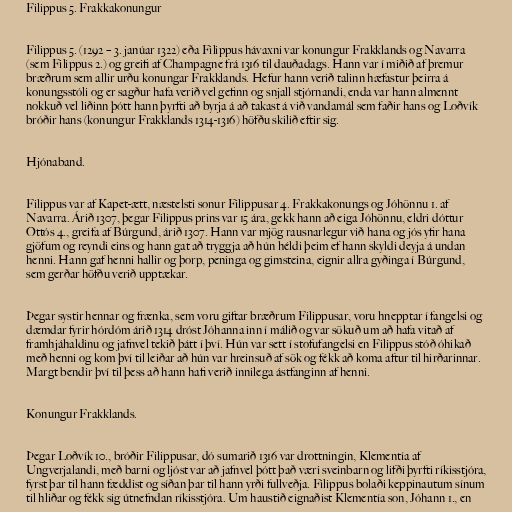
Filippus 5. Frakkakonungur

Filippus 5. (1292 – 3. janúar 1322) eða Filippus hávaxni var konungur Frakklands og Navarra
(sem Filippus 2.) og greifi af Champagne frá 1316 til dauðadags. Hann var í miðið af þremur
bræðrum sem allir urðu konungar Frakklands. Hefur hann verið talinn hæfastur þeirra á
konungsstóli og er sagður hafa verið vel gefinn og snjall stjórnandi, enda var hann almennt
nokkuð vel liðinn þótt hann þyrfti að byrja á að takast á við vandamál sem faðir hans og Loðvík
bróðir hans (konungur Frakklands 1314-1316) höfðu skilið eftir sig.

Hjónaband.

Filippus var af Kapet-ætt, næstelsti sonur Filippusar 4. Frakkakonungs og Jóhönnu 1. af
Navarra. Árið 1307, þegar Filippus prins var 15 ára, gekk hann að eiga Jóhönnu, eldri dóttur
Ottós 4., greifa af Búrgund, árið 1307. Hann var mjög rausnarlegur við hana og jós yfir hana
gjöfum og reyndi eins og hann gat að tryggja að hún héldi þeim ef hann skyldi deyja á undan
henni. Hann gaf henni hallir og þorp, peninga og gimsteina, eignir allra gyðinga í Búrgund,
sem gerðar höfðu verið upptækar.

Þegar systir hennar og frænka, sem voru giftar bræðrum Filippusar, voru hnepptar í fangelsi og
dæmdar fyrir hórdóm árið 1314 dróst Jóhanna inn í málið og var sökuð um að hafa vitað af
framhjáhaldinu og jafnvel tekið þátt í því. Hún var sett í stofufangelsi en Filippus stóð óhikað
með henni og kom því til leiðar að hún var hreinsuð af sök og fékk að koma aftur til hirðarinnar.
Margt bendir því til þess að hann hafi verið innilega ástfanginn af henni.

Konungur Frakklands.

Þegar Loðvík 10., bróðir Filippusar, dó sumarið 1316 var drottningin, Klementía af
Ungverjalandi, með barni og ljóst var að jafnvel þótt það væri sveinbarn og lifði þyrfti ríkisstjóra,
fyrst þar til hann fæddist og síðan þar til hann yrði fullveðja. Filippus bolaði keppinautum sínum
til hliðar og fékk sig útnefndan ríkisstjóra. Um haustið eignaðist Klementía son, Jóhann 1., en